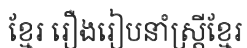
ខ្មែរ រឿងរៀបនាំស្ត្រីខ្មែរ